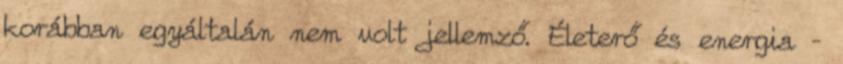
korábban egyáltalán nem volt jellemző. Életerő és energia –